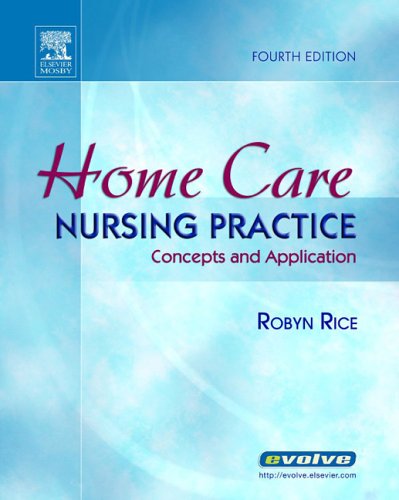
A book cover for Home Care Nursing Practice: Concepts and Application, 4e (Home Health Nursing Practice: Concepts & Appl ( Rice)); Robyn Rice PhD  RN; Medical Books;